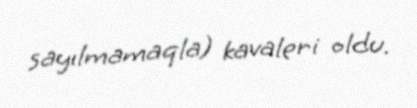
sayılmamaqla) kavaleri oldu.